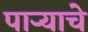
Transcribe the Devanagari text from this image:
पार्‍याचे